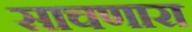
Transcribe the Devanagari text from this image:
साचणारा